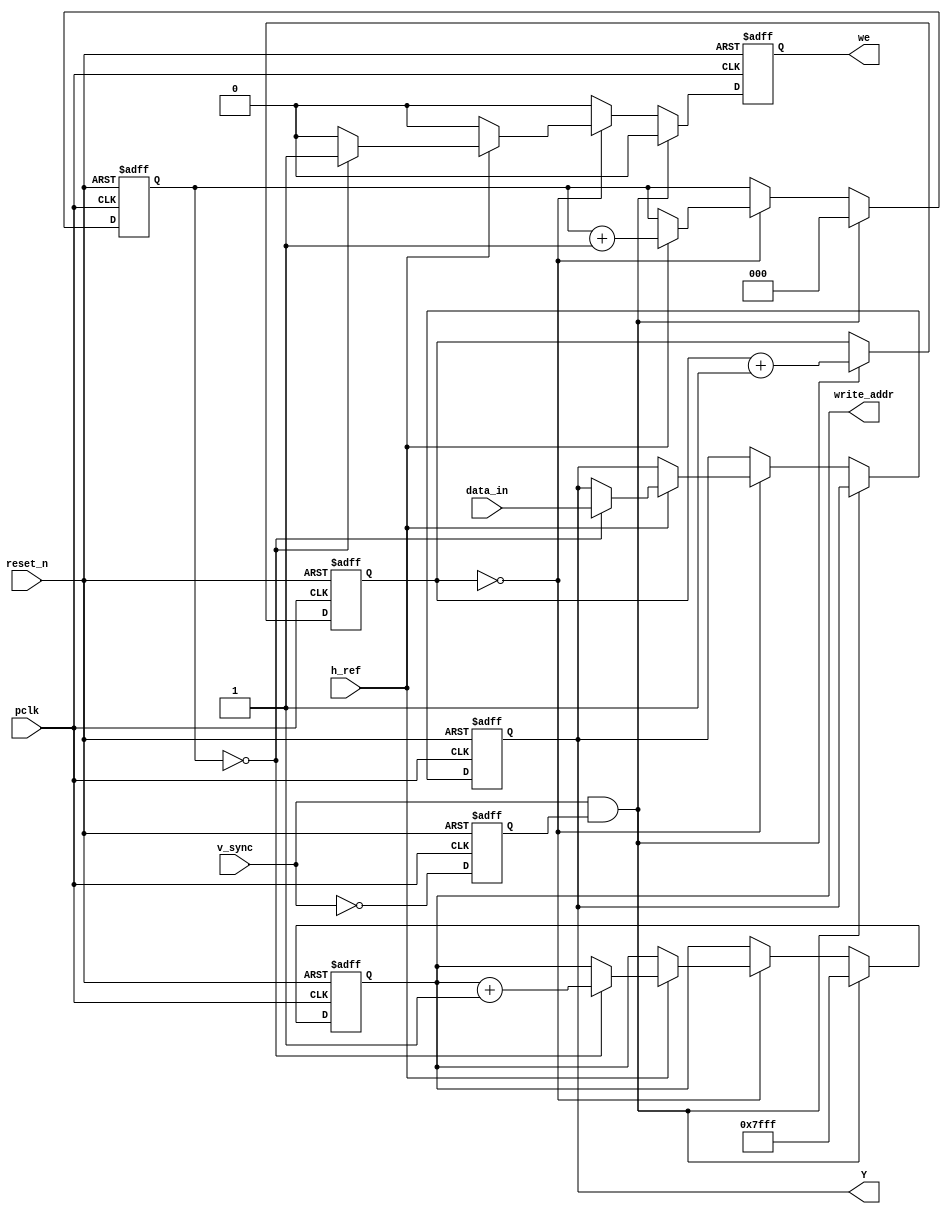
/* -----------------------------------------
  VGA Capture 160x120 QQVGA
----------------------------------------- */
module vga_capture
#(
  parameter ADDR_WIDTH = 15
)
(
  input                       reset_n,
  input                       pclk,
  input                       h_ref,
  input                       v_sync,
  input [7:0]                 data_in,

  output reg [7:0]            Y, // Y comonent of YUV
  output reg [ADDR_WIDTH-1:0] write_addr,
  output reg                  we
);

  /* -----------------------------------------
   Internal wiring
  ----------------------------------------- */
  wire v_pulse;

  /* -----------------------------------------
   Internal registers
  ----------------------------------------- */
  reg       v_sync_inv;
  reg [2:0] h_byte; // 0-7
  reg [2:0] v_row; // 0-7

  /* -----------------------------------------
    Behavioural
  ----------------------------------------- */
  // Generate the inverted v_sync signal
  always @ (posedge pclk or negedge reset_n) begin
    if (~reset_n) begin
      v_sync_inv <= 1;
    end else begin
      v_sync_inv <= ~v_sync;
    end
  end

  // 1 CC pulse @ posedge v_sync
  assign v_pulse = v_sync & v_sync_inv;

  // Get 160x120 bytes from the camera and write to framebuffer
  always @ (posedge pclk or negedge reset_n) begin
    if (~reset_n) begin
      h_byte <= 0;
      v_row <= 7;
      Y <= 0;
      write_addr <= 2**ADDR_WIDTH-1;
      we <= 0;
    end else begin

      we <= 0;

      if (v_pulse) begin
        h_byte <= 0;
        v_row <= v_row + 1;
        write_addr <= 2**ADDR_WIDTH-1;
      end else begin
        if (v_row == 0) begin // Get every 8'th row CHECK IF PCLK IS IN FACT 25 MHZ!
          if (h_ref) begin
            if (h_byte == 0) begin
              Y <= data_in; // Get every 8'th byte
              write_addr <= write_addr + 1;
              we <= 1;
            end
            h_byte <= h_byte + 1;
          end
        end
      end
    end
  end
endmodule